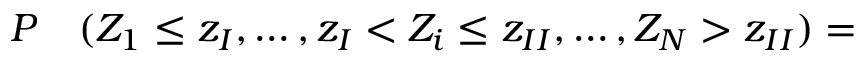
\begin{array} { r l } { P } & { { } ( Z _ { 1 } \leq z _ { I } , \dotsc , z _ { I } < Z _ { i } \leq z _ { I I } , \dotsc , Z _ { N } > z _ { I I } ) = } \end{array}